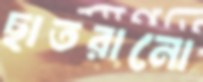
ছাতরানো